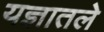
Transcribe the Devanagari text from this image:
यज्ञातले